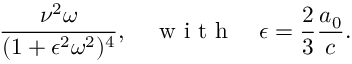
\frac { \nu ^ { 2 } \omega } { ( 1 + \epsilon ^ { 2 } \omega ^ { 2 } ) ^ { 4 } } , \quad \textrm { w i t h } \quad \epsilon = \frac { 2 } { 3 } \frac { a _ { 0 } } { c } .